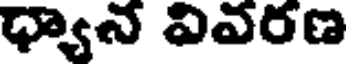
ధ్యాన వివరణ